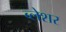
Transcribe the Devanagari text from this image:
ब्लेशर